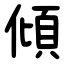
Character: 傾